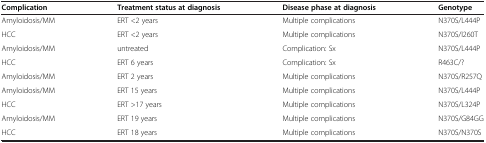
<table><thead><tr><td><b>Complication</b></td><td><b>Treatment status at diagnosis</b></td><td><b>Disease phase at diagnosis</b></td><td><b>Genotype</b></td></tr></thead><tbody><tr><td>Amyloidosis/MM</td><td>ERT &lt;2 years</td><td>Multiple complications</td><td>N370S/L444P</td></tr><tr><td>HCC</td><td>ERT &lt;2 years</td><td>Multiple complications</td><td>N370S/I260T</td></tr><tr><td>Amyloidosis/MM</td><td>untreated</td><td>Complication: Sx</td><td>N370S/L444P</td></tr><tr><td>HCC</td><td>ERT 6 years</td><td>Complication: Sx</td><td>R463C/?</td></tr><tr><td>Amyloidosis/MM</td><td>ERT 2 years</td><td>Multiple complications</td><td>N370S/R257Q</td></tr><tr><td>Amyloidosis/MM</td><td>ERT 15 years</td><td>Multiple complications</td><td>N370S/L444P</td></tr><tr><td>HCC</td><td>ERT &gt;17 years</td><td>Multiple complications</td><td>N370S/L324P</td></tr><tr><td>Amyloidosis/MM</td><td>ERT 19 years</td><td>Multiple complications</td><td>N370S/G84GG</td></tr><tr><td>HCC</td><td>ERT 18 years</td><td>Multiple complications</td><td>N370S/N370S</td></tr></tbody></table>